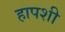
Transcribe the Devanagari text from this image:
हापशी